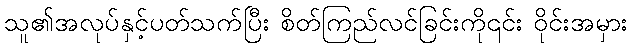
သူ၏အလုပ်နှင့်ပတ်သက်ပြီး စိတ်ကြည်လင်ခြင်းကို၎င်း ဝိုင်းအမှား